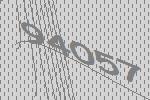
94057